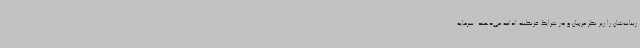
رینات‌شان را زیر نظر مربیان و در شرایط قرنطینه ادامه می‌دهند. سرمایه